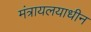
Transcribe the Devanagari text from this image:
मंत्रायलयाधीन